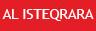
al